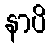
နာပိ